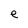
Character: e